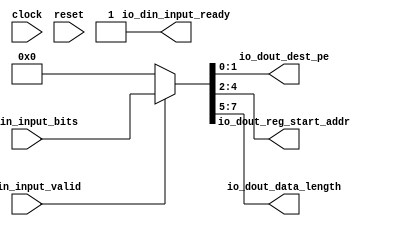
module Decode(
  input        clock,
  input        reset,
  output       io_din_input_ready,
  input        io_din_input_valid,
  input  [7:0] io_din_input_bits,
  output [1:0] io_dout_dest_pe,
  output [2:0] io_dout_reg_start_addr,
  output [2:0] io_dout_data_length
);
  wire [7:0] fe_inst = io_din_input_valid ? io_din_input_bits : 8'h0; // @[Decode.scala 49:30]
  assign io_din_input_ready = 1'h1; // @[Decode.scala 36:22]
  assign io_dout_dest_pe = fe_inst[1:0]; // @[Decode.scala 38:19]
  assign io_dout_reg_start_addr = fe_inst[4:2]; // @[Decode.scala 39:26]
  assign io_dout_data_length = fe_inst[7:5]; // @[Decode.scala 40:23]
endmodule